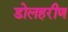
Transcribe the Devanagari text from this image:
डोलहरीण